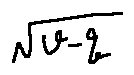
\sqrt { v - q }